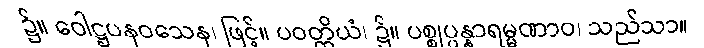
၌။ ဝေါဋ္ဌပနဝသေန၊ ဖြင့်။ ပဝတ္တိယံ၊ ၌။ ပစ္စုပ္ပန္နာရမ္မဏာဝ၊ သည်သာ။